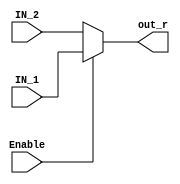
module mux_div
(
    input  [23:0]   IN_1, IN_2,
    input           Enable,
    output [23:0]   out_r
);
    
assign out_r   = (Enable)? IN_1 : IN_2;

endmodule //mux_div